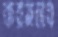
করমচাব